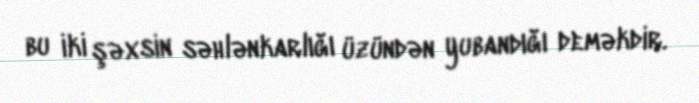
bu iki şəxsin səhlənkarlığı üzündən yubandığı deməkdir.